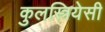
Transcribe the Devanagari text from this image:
कुलस्त्रियेसी